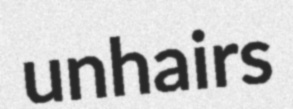
unhairs